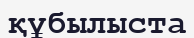
құбылыста